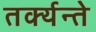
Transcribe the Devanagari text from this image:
तर्क्यन्ते